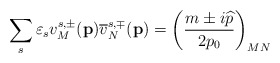
\begin{align*}\sum_s\varepsilon _sv_M^{s,\pm }(\mathbf{p})\overline{v}_N^{s,\mp}(\mathbf{p })=\left( \frac{m\pm i\widehat{p}}{2p_0}\right) _{MN}\end{align*}